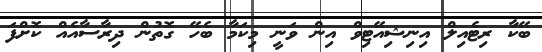
ބޭކާ ރިޓެއިލް އިނިޝިއޭޓިވް އިން ވަނީ މިކަމާ ބެހޭ ގޮތުން ދިރާސާއެއް ކޮށްފަ